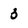
Character: 3